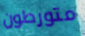
متورطون